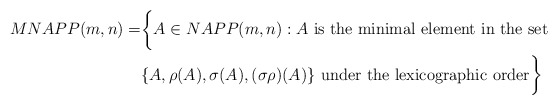
\begin{align*}MNAPP(m,n) = &\biggl\{ A \in NAPP(m,n) : A \mbox{ is the minimal element in the set } \\ &\{ A, \rho(A), \sigma(A), (\sigma\rho)(A) \} \mbox{ under the lexicographic order}\biggr\}\end{align*}